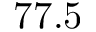
7 7 . 5